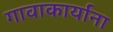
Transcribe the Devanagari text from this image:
गावाकार्याना